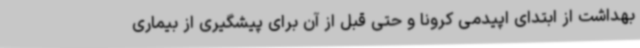
بهداشت از ابتدای اپیدمی کرونا و حتی قبل از آن برای پیشگیری از بیماری